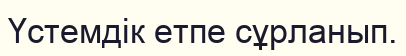
Үстемдік етпе сұрланып.